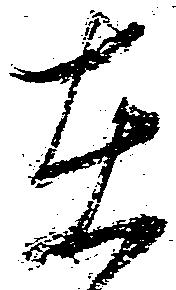
在